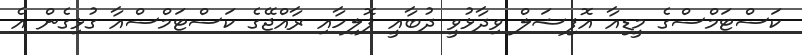
ކަސްޓަމްސްގެ މީޑިއާ އޮފިޝަލް ވިދާޅުވީ ދުބާއީ ޕޮލިހާއި ރާއްޖޭގެ ކަސްޓަމްސްއާ ގުޅިގެން އެ